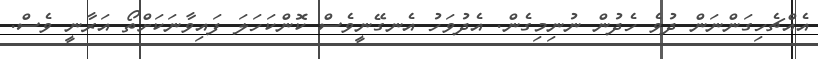
އެއްޗެހިގަންނަން ދުވެ ހެދުން ނުނިމިގެން. އެދުވަހު އެނގޭނީވެސް ކޮންކަހަލަ ފައިވާނަކަށްތޯ އަރާނީ ވެސް.